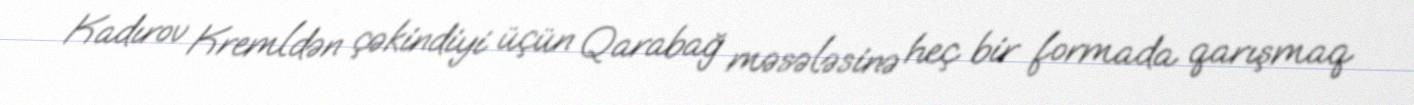
Kadırov Kremldən çəkindiyi üçün Qarabağ məsələsinə heç bir formada qarışmaq